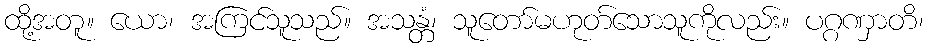
ထို့အတူ။ ယော၊ အကြင်သူသည်။ အသန္တံ၊ သူတော်မဟုတ်သောသူကိုလည်း။ ပဂ္ဂဏှာတိ၊